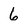
Character: 6